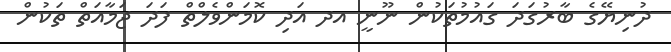
ދުނިޔޭގެ ބާރުގަދަ ގައުމުތަކުން ނޫނީ އދ އަދި ކޮމަންވެލްތް ފަދަ ޖަމާއަތް ތަކުން